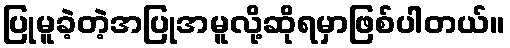
ပြုမူခဲ့တဲ့အပြုအမူလို့ဆိုရမှာဖြစ်ပါတယ်။